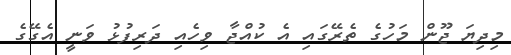
މިދިޔަ ޖޫން މަހުގެ ތެރޭގައި އެ ކުއްޖާ ވިހެއި ދަރިފުޅު ވަނީ އެގޭގެ